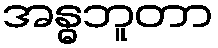
အန္ဓဘူတာ